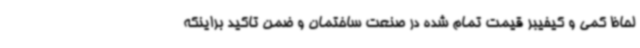
لحاظ کمی و کیفیبر قیمت تمام شده در صنعت ساختمان و ضمن تاکید براینکه